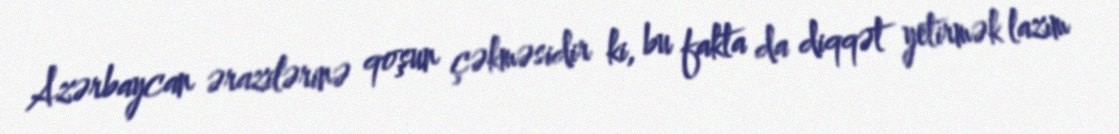
Azərbaycan ərazilərinə qoşun çəkməsidir ki, bu fakta da diqqət yetirmək lazım